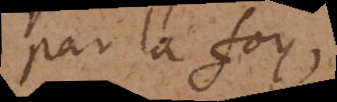
par la foy,